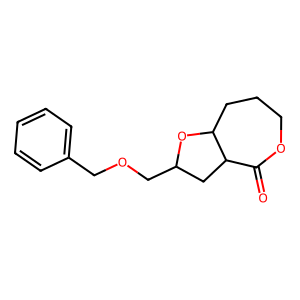
SMILES: O=C1OCCCC2OC(COCc3ccccc3)CC12
Inhibits HIV replication: No